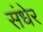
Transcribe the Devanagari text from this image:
संधेर